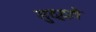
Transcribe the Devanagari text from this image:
मुद्दते